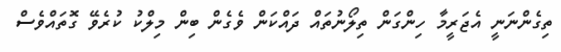
ތިގެންނަނީ އެޖަރީމާ ހިންގަން ތިލޯނުތައް ދައްކަން ވެގެން ބިން މިލްކު ކުރެވޭ ގޮތައްވެސް